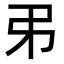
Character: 𢎨